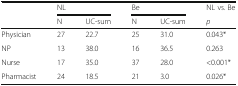
|  | <COLSPAN=2> NL | <COLSPAN=2> Be | NL vs. Be |
 |  | N | UC-sum | N | UC-sum | p |
 | --- | --- | --- | --- | --- | --- |
 | Physician | 27 | 22.7 | 25 | 31.0 | 0.043* |
 | NP | 13 | 38.0 | 16 | 36.5 | 0.263 |
 | Nurse | 17 | 35.0 | 37 | 28.0 | <0.001* |
 | Pharmacist | 24 | 18.5 | 21 | 3.0 | 0.026* |